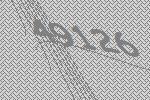
49126